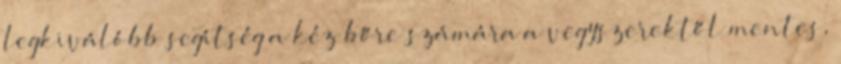
legkiválóbb segítség a kéz bőre számára a vegyszerektől mentes,